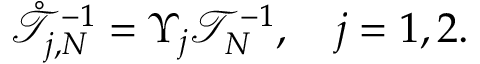
\begin{array} { r } { \mathring { \mathcal { T } } _ { j , N } ^ { - 1 } = \Upsilon _ { j } \mathcal { T } _ { N } ^ { - 1 } , \quad j = 1 , 2 . } \end{array}